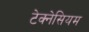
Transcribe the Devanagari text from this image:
टेक्नेसियम